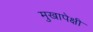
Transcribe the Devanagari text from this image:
मुखापेक्षी